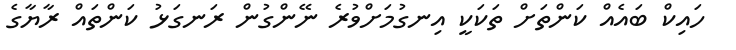
ހައިކް ބައެއް ކަންތަށް ތަކަކީ އިނގުމަށްވުރެ ނޭންގުން ރަނގަޅު ކަންތައް ރާޔާގެ